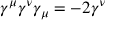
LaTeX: \gamma ^ { \mu } \gamma ^ { \nu } \gamma _ { \mu } = - 2 \gamma ^ { \nu }